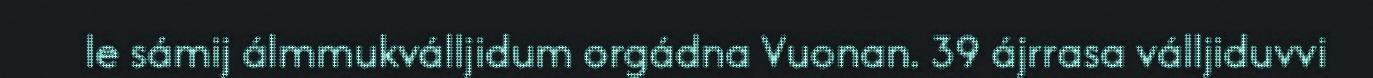
le sámij álmmukválljidum orgádna Vuonan. 39 ájrrasa válljiduvvi